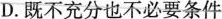
D.既不充分也不必要条件